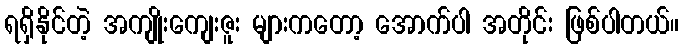
ရရှိနိုင်တဲ့ အကျိုးကျေးဇူး များကတော့ အောက်ပါ အတိုင်း ဖြစ်ပါတယ်။